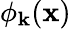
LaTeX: \phi_{\mathbf{k}}({\mathbf{x}})